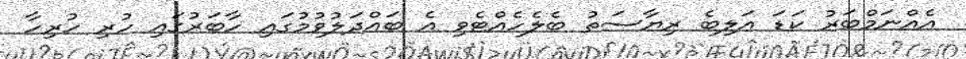
އެއްނަމްބަރު ކަޑަ އަލިބެ ރިޔާސަތު ބެލެހެއްޓެވި އެ ބައްދަލުވުމުގައި ހާބަރުގައި ހުރި ހުރިހާ